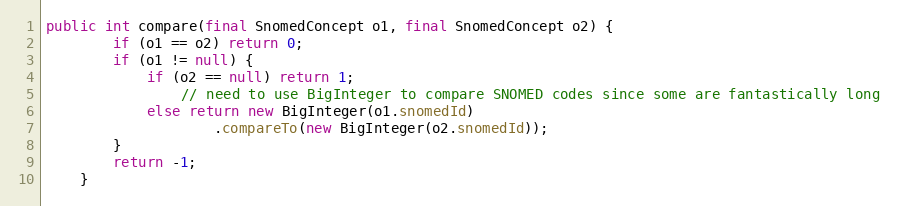
Language: Java
public int compare(final SnomedConcept o1, final SnomedConcept o2) {
        if (o1 == o2) return 0;
        if (o1 != null) {
            if (o2 == null) return 1;
                // need to use BigInteger to compare SNOMED codes since some are fantastically long
            else return new BigInteger(o1.snomedId)
                    .compareTo(new BigInteger(o2.snomedId));
        }
        return -1;
    }